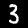
Label: 3